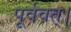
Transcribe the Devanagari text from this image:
पूर्ववत्।